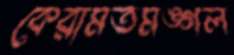
কেরামতমঙ্গল